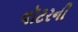
વૉટરની